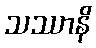
သဿာနိ